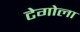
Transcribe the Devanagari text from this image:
टेगोला